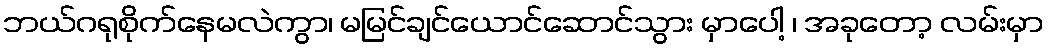
ဘယ်ဂရုစိုက်နေမလဲကွာ၊ မမြင်ချင်ယောင်ဆောင်သွား မှာပေါ့ ၊ အခုတော့ လမ်းမှာ